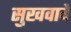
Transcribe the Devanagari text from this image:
सुखवावे